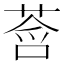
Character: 𫟓